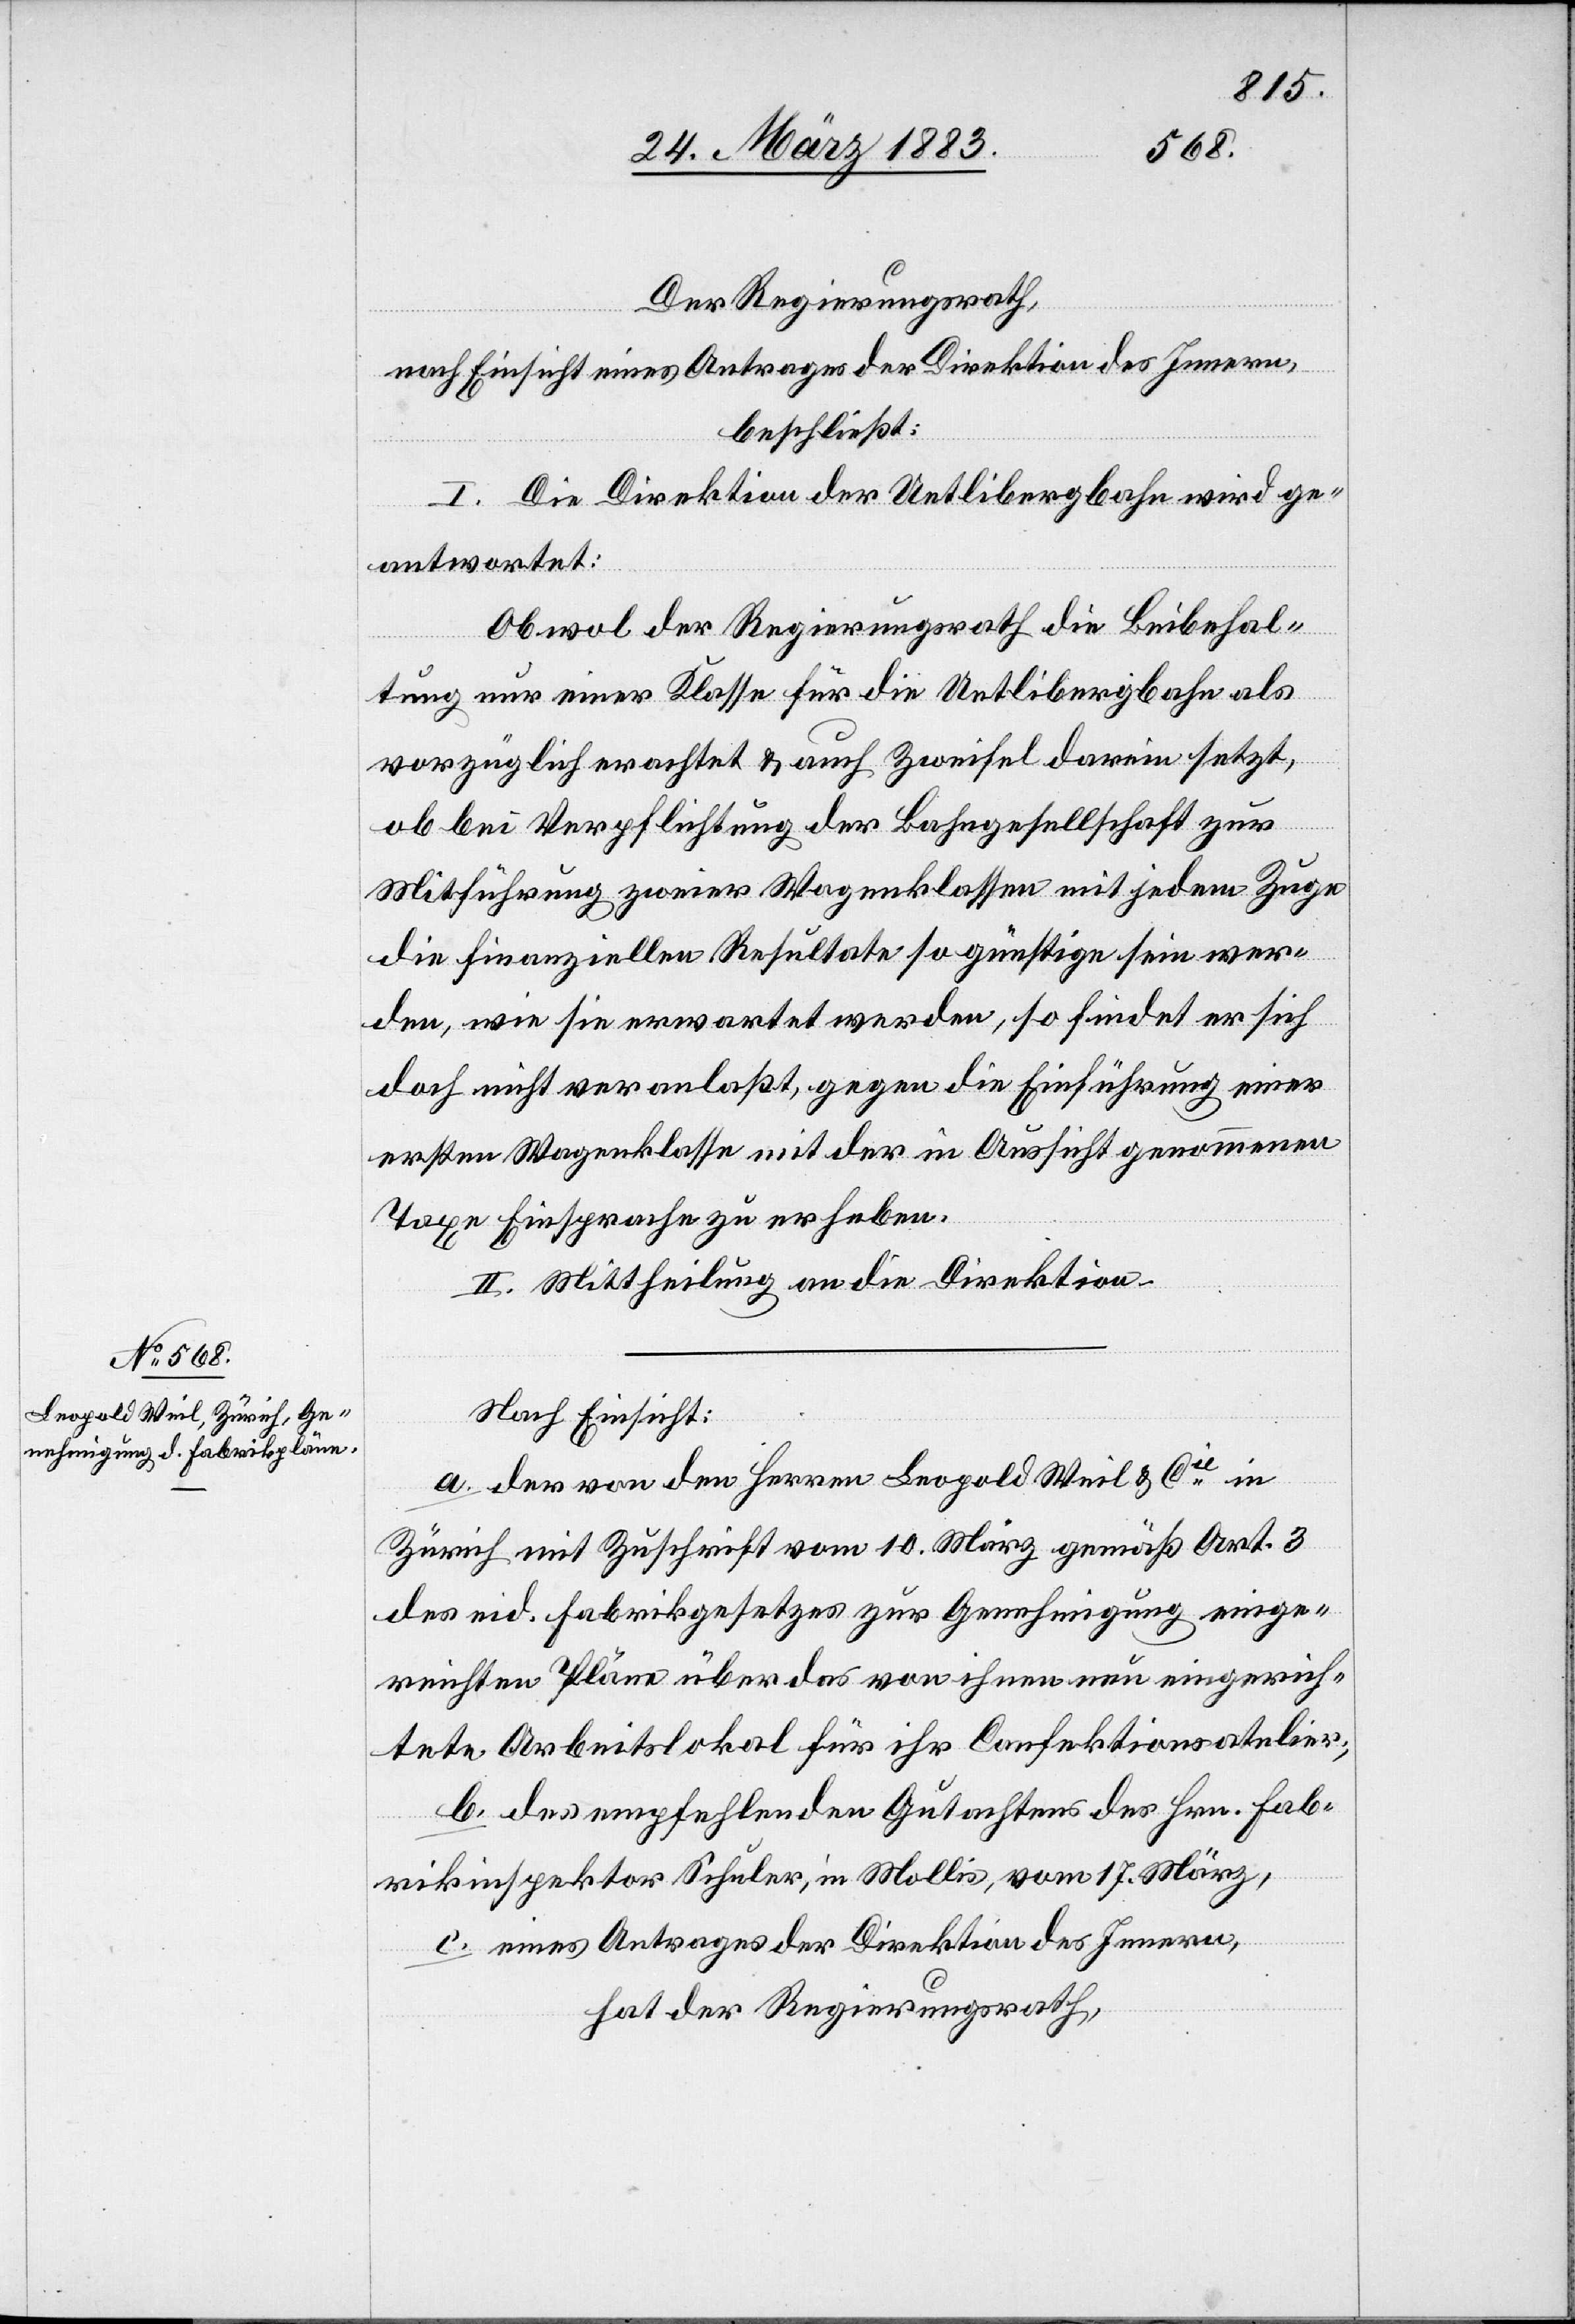
Der Regierungsrath,
nach Einsicht eines Antrages der Direktion des Innern,
beschließt:
I.
antwortet:
Obwol der Regierungsrath die Beibehal¬
wird ge¬
tung nur einer Klasse für die Uetlibergbahn als
vorzüglich erachtet & auch Zweifel darein setzt,
ob bei Verpflichtung der Bahngesellschaft zur
Mitführung zweier Wagenklassen mit jedem Zuge
die finanziellen Resultate so günstige sein wer¬
den, wie sie erwartet werden, so findet er sich
doch nicht veranlaßt, gegen die Einführung einer
ersten Wagenklasse mit der in Aussicht genommenen
Taxe Einsprache zu erheben.
II. Mittheilung an die Direktion.
Nach Einsicht:
a. der von den Herren Leopold Weil & Cie in
Zürich mit Zuschrift vom 10. März gemäß Art. 3
des eid. Fabrikgesetzes zur Genehmigung einge¬
reichten Pläne über das von ihnen neu eingerich¬
tete Arbeitslokal für ihr Confektionsatelier;
b. des empfehlenden Gutachtens des Hrn. Fab¬
rikinspektor Schuler, in Mollis, vom 17. März,
c. eines Antrages der Direktion des Innern,
hat der Regierungsrath,